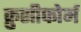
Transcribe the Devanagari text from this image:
क्रुसीफोर्म